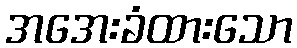
အအေးခံထားသော